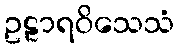
ဥဠာရဝိသေသံ